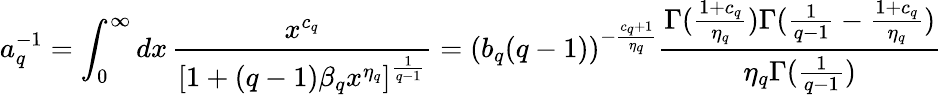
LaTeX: a_{q}^{-1}=\int_{0}^{\infty}dx\, \frac{x^{c_{q}}}{[1+(q-1)\beta_{q}x^{\eta_{q}}]^{\frac{1}{q-1}}}=(b_{q}(q-1))^{-\frac{c_{q}+1}{\eta_{q}}}\frac{\Gamma(\frac{1+c_{q}}{\eta_{q}})\Gamma(\frac{1}{q-1}-\frac{1+c_{q}}{\eta_{q}})}{\eta_{q}\Gamma(\frac{1}{q-1})}